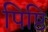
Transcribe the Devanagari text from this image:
पिष्ठि